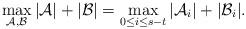
LaTeX: \begin{align*} \max_{\mathcal A,\mathcal B}|\mathcal A|+|\mathcal B|= \max_{0\le i\le s-t} |\mathcal A_i|+|\mathcal B_i|.\end{align*}